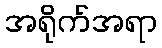
အရိုက်အရာ